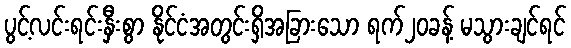
ပွင့်လင်းရင်းနှီးစွာ နိုင်ငံအတွင်းရှိအခြားသော ရက်၂၀ခန့် မသွားချင်ရင်